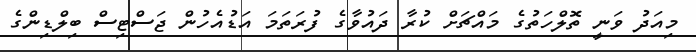
މިއަދު ވަނީ ތޮލްހަތުގެ މައްޗަށް ކުރާ ދައުވާގެ ފުރަތަމަ އަޑުއެހުން ޖަސްޓިސް ބިލްޑިންގެ